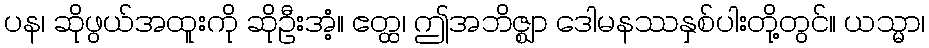
ပန၊ ဆိုဖွယ်အထူးကို ဆိုဦးအံ့။ ဧတ္ထ၊ ဤအဘိဇ္ဈာ ဒေါမနဿနှစ်ပါးတို့တွင်။ ယသ္မာ၊